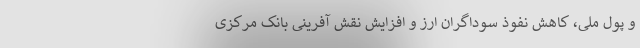
و پول ملی، کاهش نفوذ سوداگران ارز و افزایش نقش آفرینی بانک مرکزی